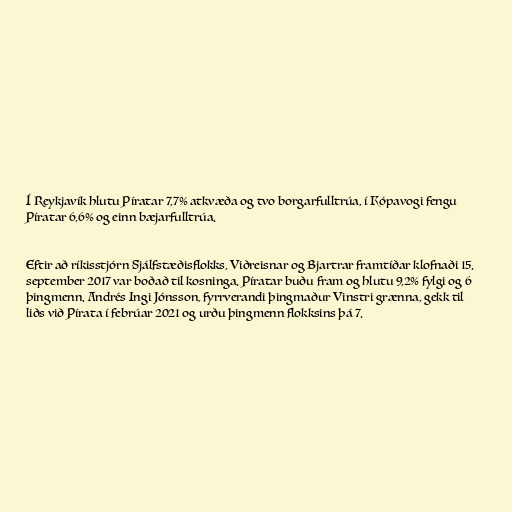
Í Reykjavík hlutu Píratar 7,7% atkvæða og tvo borgarfulltrúa, í Kópavogi fengu
Píratar 6,6% og einn bæjarfulltrúa.

Eftir að ríkisstjórn Sjálfstæðisflokks, Viðreisnar og Bjartrar framtíðar klofnaði 15.
september 2017 var boðað til kosninga. Píratar buðu fram og hlutu 9,2% fylgi og 6
þingmenn. Andrés Ingi Jónsson, fyrrverandi þingmaður Vinstri grænna, gekk til
liðs við Pírata í febrúar 2021 og urðu þingmenn flokksins þá 7.